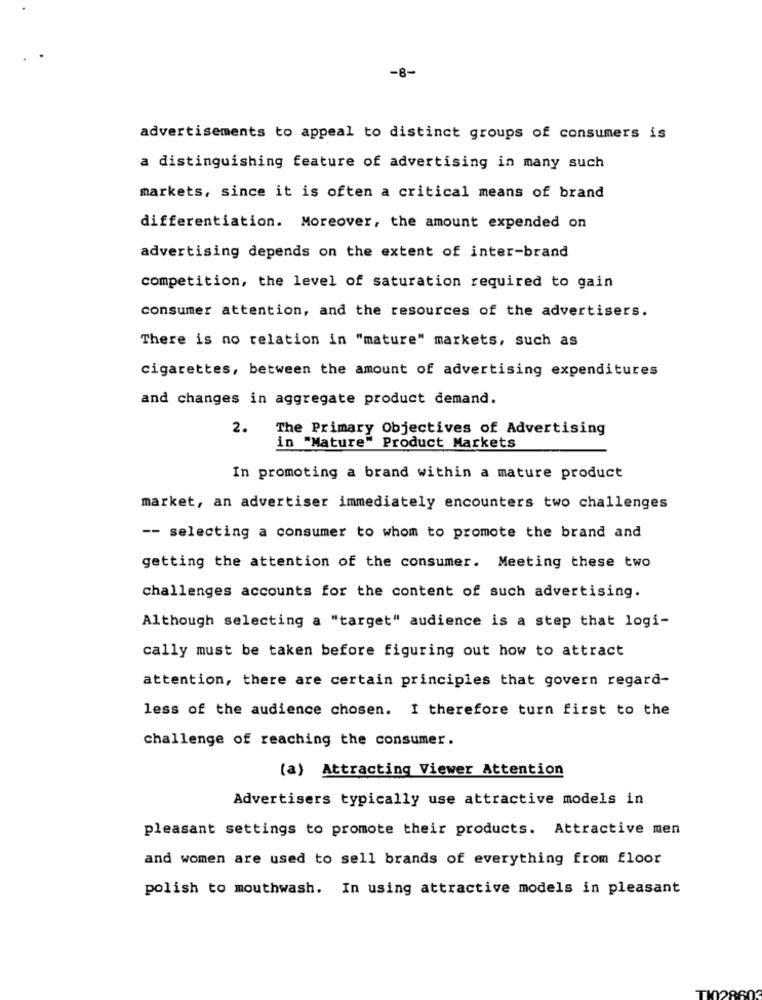
-8-
advertisements to appeal to distinct groups of consumers is
a distinguishing feature of advertising in many such
markets, since it is often a critical means of brand
differentiation. Moreover, the amount expended on
advertising depends on the extent of inter-brand
competition, the level of saturation required to gain
consumer attention, and the resources of the advertisers.
There is no relation in "mature" markets, such as
cigarettes, between the amount of advertising expenditures
and changes in aggregate product demand.
2. The Primary Objectives of Advertising
in "Mature" Product Markets
In promoting a brand within a mature product
market, an advertiser immediately encounters two challenges
-- selecting a consumer to whom to promote the brand and
getting the attention of the consumer. Meeting these two
challenges accounts for the content of such advertising.
Although selecting a "target" audience is a step that logi-
cally must be taken before figuring out how to attract
attention, there are certain principles that govern regard-
less of the audience chosen. I therefore turn first to the
challenge of reaching the consumer.
(a) Attracting Viewer Attention
Advertisers typically use attractive models in
pleasant settings to promote their products. Attractive men
and women are used to sell brands of everything from floor
polish to mouthwash. In using attractive models in pleasant